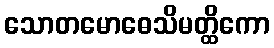
သောတမောဓေသိမတ္ထိကော